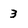
Character: 3